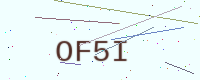
Text: OF5I